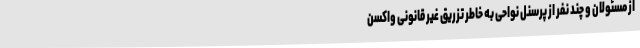
از مسئولان و چند نفر از پرسنل نواحی به خاطر تزریق غیر قانونی واکسن